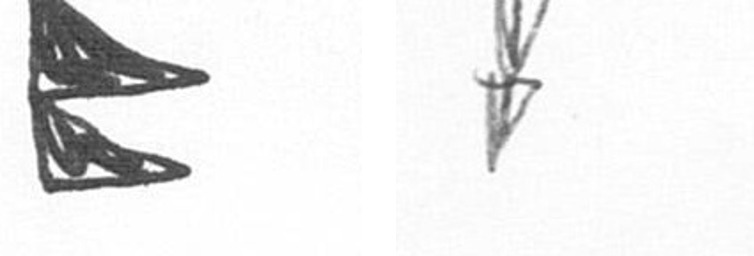
P Z